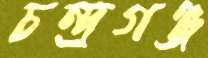
চন্দ্রগঞ্জ